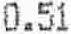
0.51